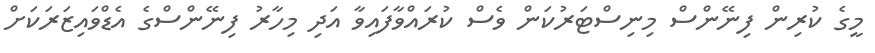
މީގެ ކުރިން ފިނޭންސް މިނިސްޓަރުކަން ވެސް ކުރައްވާފައިވާ އަދި މިހާރު ފިނޭންސްގެ އެޑްވައިޒަރަކަށް